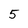
Character: 5